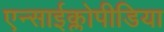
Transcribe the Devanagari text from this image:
एन्साईक्लोपीडिया